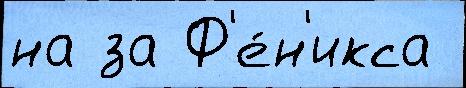
на за Ф'е́н'икса